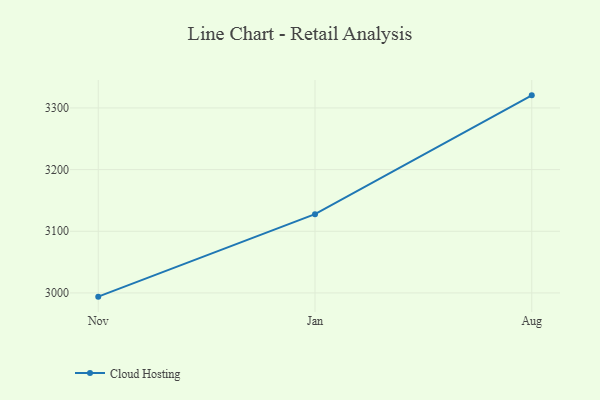
{"axis": {"x": "Month", "y": "Waste Production (Tons)"}, "legend": ["Cloud Hosting"], "data": [{"x": "Nov", "y": 2994.0, "type": "Cloud Hosting"}, {"x": "Jan", "y": 3127.8, "type": "Cloud Hosting"}, {"x": "Aug", "y": 3320.4, "type": "Cloud Hosting"}]}